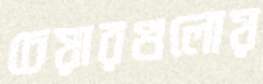
চেয়ারগুলোয়